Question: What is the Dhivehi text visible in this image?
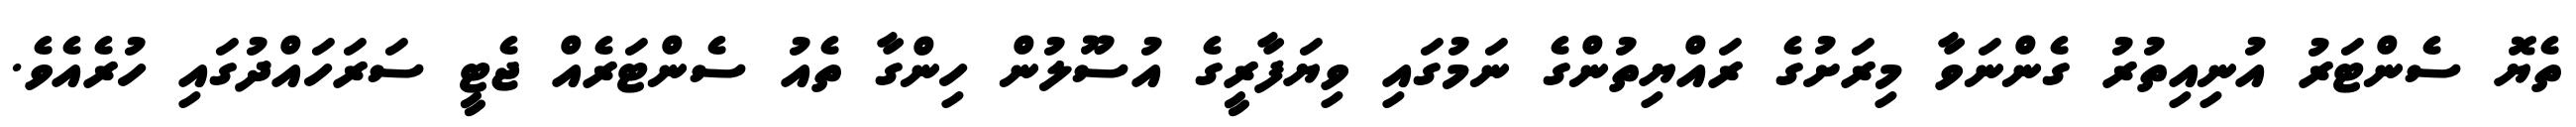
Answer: ތެޔޮ ސެންޓަރު އުނިއިތުރު ގެންނަވާ މިރަށުގެ ރައްޔިތުންގެ ނަމުގައި ވިޔަފާރީގެ އުސޫލުން ހިންގާ ތެއު ސެންޓަރެއް ޖެޓީ ސަރަހައްދުގައި ހުރެއެވެ.